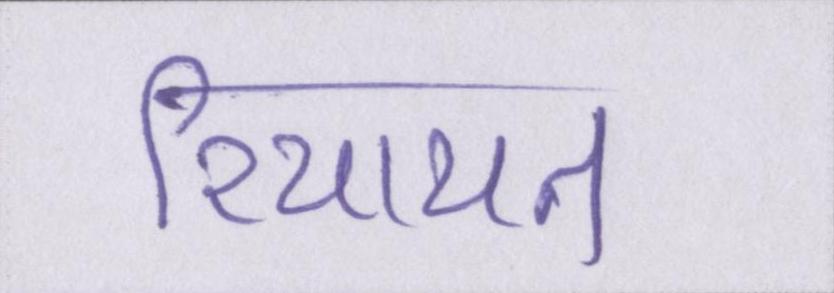
रियायत